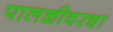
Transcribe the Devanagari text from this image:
पालळीवरचा